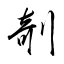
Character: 剞